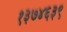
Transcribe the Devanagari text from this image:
१३७४६३९